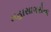
મહાસાગરોના